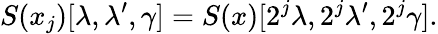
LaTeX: S(x_{j})[\lambda,\lambda^{\prime},\gamma]=S(x)[2^{j}\lambda,2^{j}\lambda^{\prime},2^{j}\gamma].